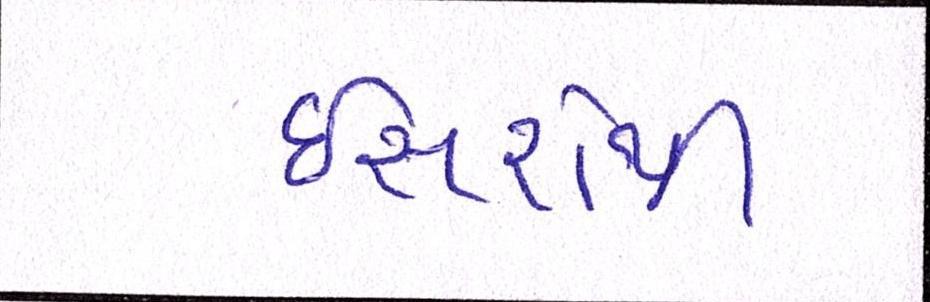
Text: ઇસરોની